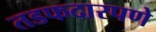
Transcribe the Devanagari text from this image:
तडफदारपणे